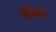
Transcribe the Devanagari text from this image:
एव्क